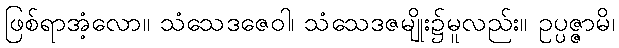
ဖြစ်ရာအံ့လော။ သံသေဒဇေဝါ၊ သံသေဒဇမျိုး၌မူလည်း။ ဥပ္ပဇ္ဇာမိ၊